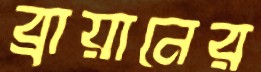
ব্রায়ানের